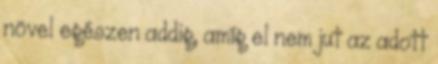
növel egészen addig, amíg el nem jut az adott